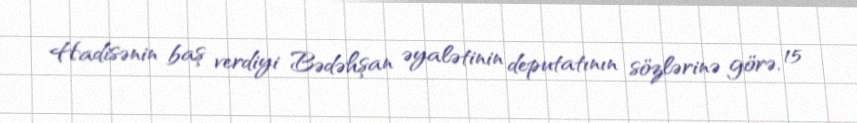
Hadisənin baş verdiyi Bədəhşan əyalətinin deputatının sözlərinə görə, 15